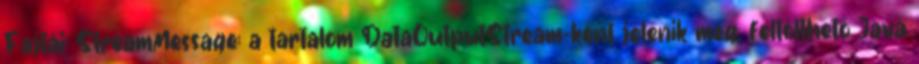
Fajtái: StreamMessage: a tartalom DataOutputStream-ként jelenik meg, feltölthető Java